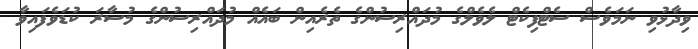
ވިދާޅުވި ނަމަވެސް ސެޓްފިކެޓް ލެވެލްގެ މުދައްރިސުންގެ ތެރެއިން ބައެއް މުދައްރިސުންގެ މުސާރަ ކުޑަވެފައިވާ